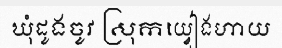
ឃុំដូងចូវ ស្រុកយ្វៀងហាយ